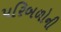
પરિબળોની